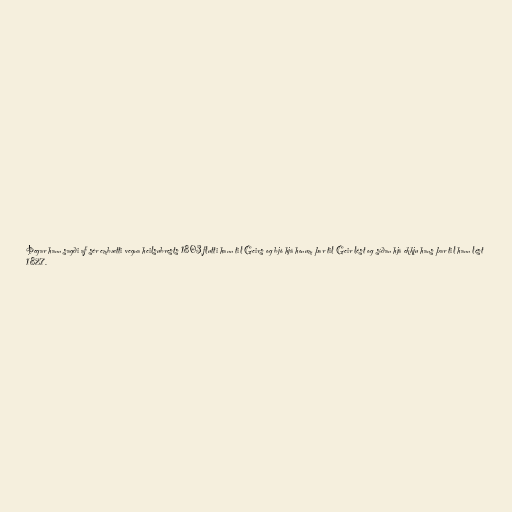
Þegar hann sagði af sér embætti vegna heilsubrests 1803 flutti hann til Geirs og bjó hjá honum þar til Geir lést og síðan hjá ekkju hans þar til hann lést
1827.